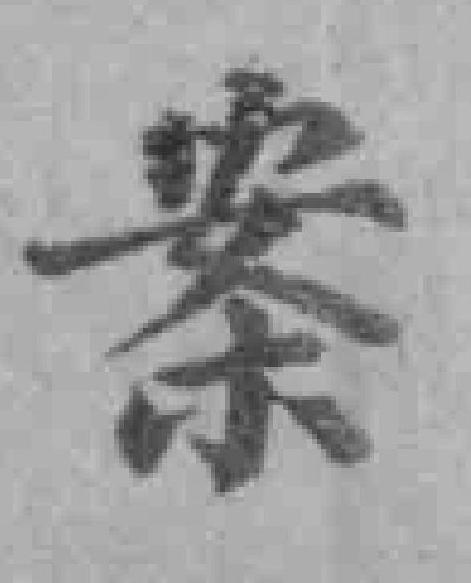
案